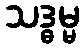
သဒ္ဓမ္မ